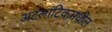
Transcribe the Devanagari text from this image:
अटलांटिकमधील